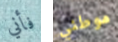
فأني موطني